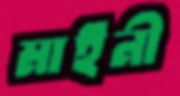
মাইনী